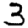
Digit: 3